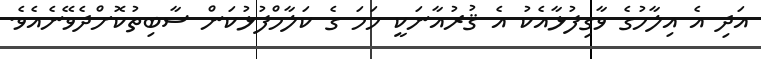
އަދި އެ އިލާހުގެ ވާގިފުޅާއެކު އެ ޤުރުއާނަކީ ހަމަ ގެ ކަލާމްފުޅުކަން ސާބިތުކޮށްދެވޭނެއެވެ.